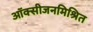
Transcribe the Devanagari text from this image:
ऑक्सीजनमिश्रित